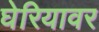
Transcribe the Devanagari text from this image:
घेरियावर